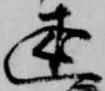
述